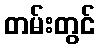
တမ်းတွင်